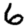
Digit: 6